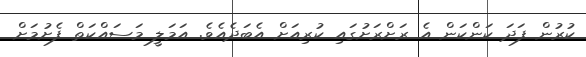
ކުރުން ފަދަ ކަންކަން އެ ރަށްރަށުގައި ކުރިއަށް އެބަދެއެވެ. އަމަލީ މަސައްކަތް ފެށުމަށް